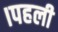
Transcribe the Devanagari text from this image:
।पहली